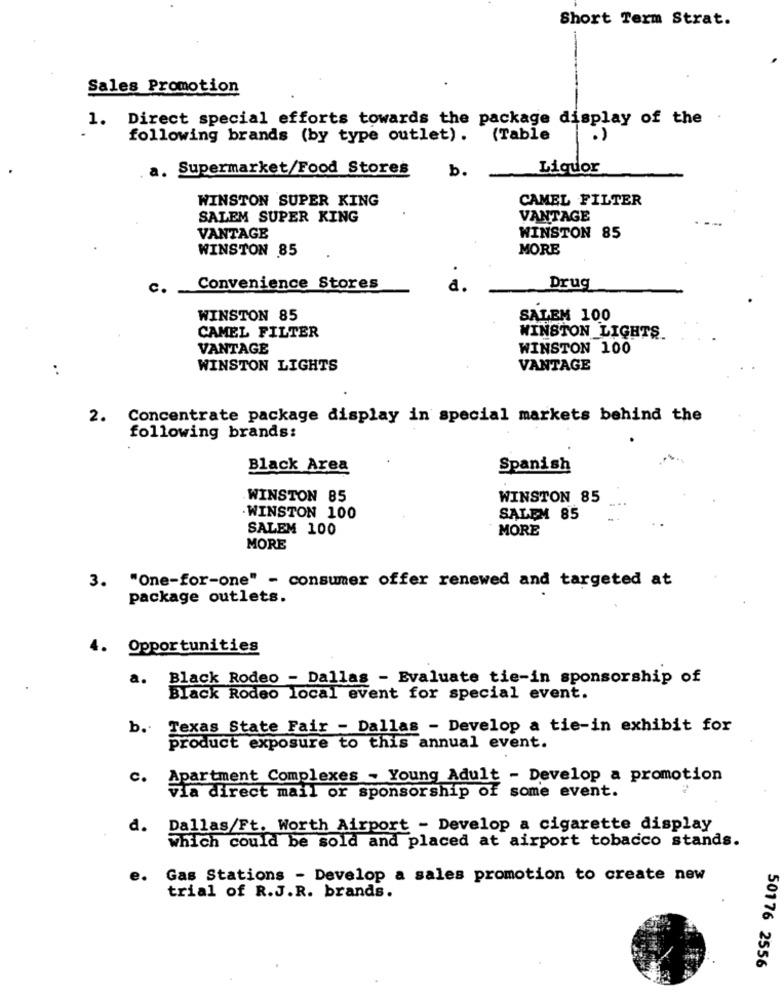
Short Term Strat.
Sales Promotion
1. Direct special efforts towards the package display of the
following brands (by type outlet). (Table
. 1
a. Supermarket/Food Stores
b.
Liquor
WINSTON SUPER KING
CAMEL FILTER
SALEM SUPER KING
VANTAGE
VANTAGE
WINSTON 85
WINSTON 85
MORE
c.
Convenience Stores
d.
Drug
WINSTON 85
SALEM 100
CAMEL FILTER
WINSTON LIGHTS.
VANTAGE
WINSTON 100
:
WINSTON LIGHTS
VANTAGE
2. Concentrate package display in special markets behind the
following brands:
Black Area
Spanish
WINSTON 85
WINSTON 85
. WINSTON 100
SALEM 85
SALEM 100
MORE
MORE
3. "One-for-one" - consumer offer renewed and targeted at
package outlets.
4. Opportunities
a.
Black Rodeo - Dallas - Evaluate tie-in sponsorship of
Black Rodeo local event for special event.
b.
Texas State Fair - Dallas - Develop a tie-in exhibit for
product exposure to this annual event.
C.
Apartment Complexes - Young Adult - Develop a promotion
via direct mail or sponsorship of some event.
d. Dallas/Ft. Worth Airport - Develop a cigarette display
Which could be sold and placed at airport tobacco stands.
e.
Gas Stations - Develop a sales promotion to create new
trial of R.J.R. brands.
50176 2556